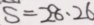
s = 2 8 \cdot 2 6